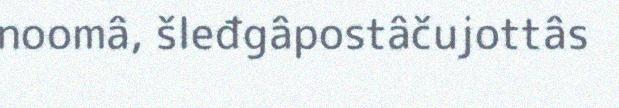
noomâ, šleđgâpostâčujottâs